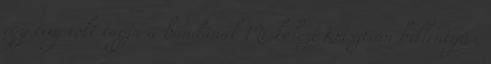
egy évig volt tagja a bandának Miskolczi Krisztián billentyűs,